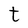
Character: t